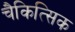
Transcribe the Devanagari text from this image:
चैकित्सिक